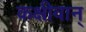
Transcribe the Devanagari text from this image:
कक्षीवान्